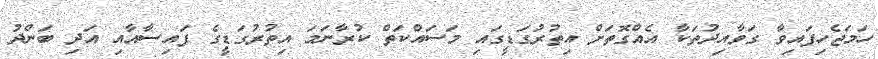
ހަމަޖެހިފައިވާ ގަވާއިދުތަކާ އެއްގޮތަށް އިތުރުގަޑީގައި މަސައްކަތް ކުރާނަމަ އިތުރުގަޑީގެ ފައިސާއާއި އަދި ބަންދު